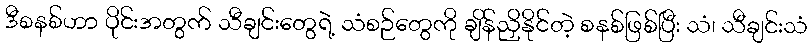
ဒီစနစ်ဟာ ပိုင်းအတွက် သီချင်းတွေရဲ့ သံစဉ်တွေကို ချိန်ညှိနိုင်တဲ့ စနစ်ဖြစ်ပြီး သံ၊ သီချင်းသံ